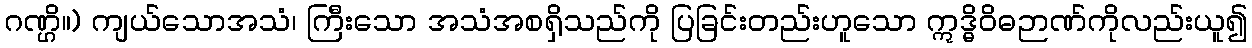
ဂဏ္ဌိ။) ကျယ်သောအသံ၊ ကြီးသော အသံအစရှိသည်ကို ပြခြင်းတည်းဟူသော ဣဒ္ဓိဝိဓဉာဏ်ကိုလည်းယူ၍